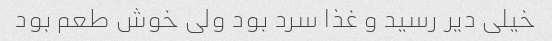
خیلی دیر رسید و غذا سرد بود ولی خوش طعم بود